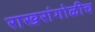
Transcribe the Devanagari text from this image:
राखरांगोळीच